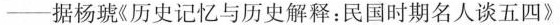
——据杨琥《历史记忆与历史解释：民国时期名人谈五四》